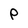
Character: P